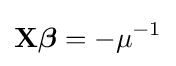
\mathbf {X} {\boldsymbol {\beta }}=-\mu ^{-1}\,\!